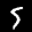
Label: 5